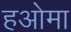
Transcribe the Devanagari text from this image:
हओमा